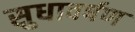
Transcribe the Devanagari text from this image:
सुधावर्षण